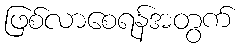
ဖြစ်လာစေရန်အတွက်